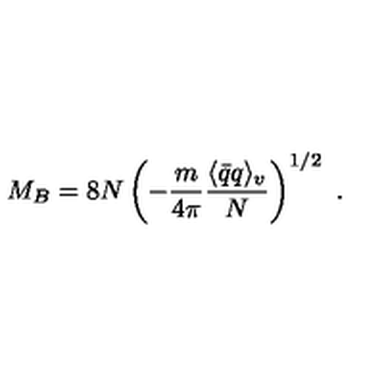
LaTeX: M _ { B } = 8 N \left( - \frac { m } { 4 \pi } \frac { \langle \bar { q } q \rangle _ { v } } { N } \right) ^ { 1 / 2 } \ .